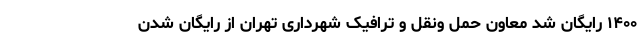
۱۴۰۰ رایگان شد معاون حمل ونقل و ترافیک شهرداری تهران از رایگان شدن